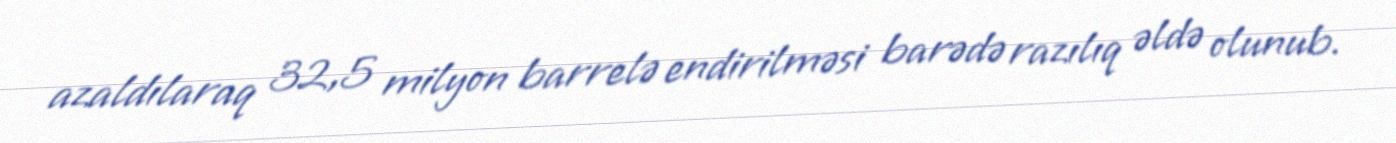
azaldılaraq 32,5 milyon barrelə endirilməsi barədə razılıq əldə olunub.